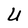
Character: U